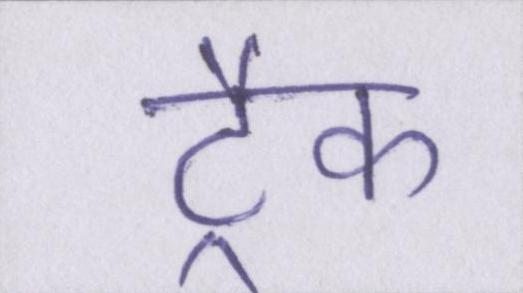
ट्रैक